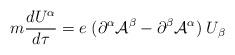
LaTeX: \begin{align*}m \frac{dU^{\alpha}}{d\tau} = e \; (\partial^{\alpha}{\cal A}^{\beta} - \partial^{\beta} {\cal A}^{\alpha}) \; U_{\beta}\end{align*}